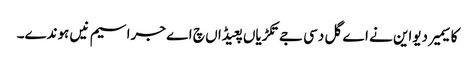
کاسیمیر دیواین نے اے گل دسی جے تکڑیاں پعیڈاں چ اے جراسیم نیں ہوندے۔